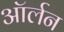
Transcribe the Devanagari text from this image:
ऑर्लन